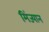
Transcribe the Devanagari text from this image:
मिंज्यान